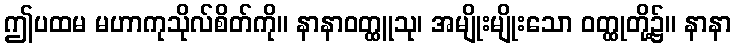
ဤပထမ မဟာကုသိုလ်စိတ်ကို။ နာနာဝတ္ထူသု၊ အမျိုးမျိုးသော ဝတ္ထုတို့၌။ နာနာ